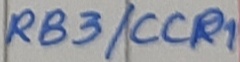
Text: RB3/CCP1